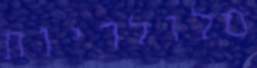
סלולריות